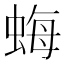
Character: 𧋟